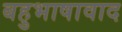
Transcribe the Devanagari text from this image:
बहुभाषावाद